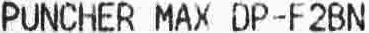
PUNCHER MAX DP-F2BN